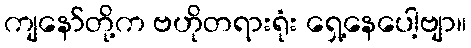
ကျနော်တို့က ဗဟိုတရားရုံး ရှေ့နေပေါ့ဗျာ။